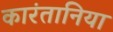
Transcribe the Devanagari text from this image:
कारंतानिया